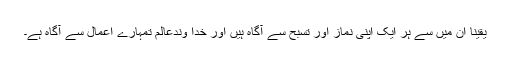
یقینا ان میں سے ہر ایک اپنی نماز اور تسبح سے آگاہ ہیں اور خدا وندعالم تمہارے اعمال سے آگاہ ہے۔